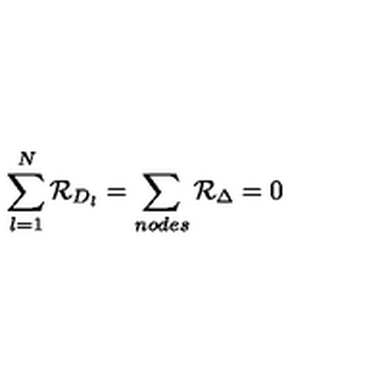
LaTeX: \sum _ { l = 1 } ^ { N } { \cal R } _ { D _ { l } } = \sum _ { n o d e s } { \cal R } _ { \Delta } = 0